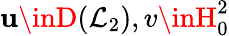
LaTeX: \mathbf{u}\inD(\mathcal{{L}}_{2}),v\inH_{0}^{2}